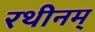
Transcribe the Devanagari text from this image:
रथीनम्